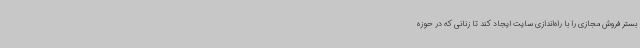
بستر فروش مجازی را با راه‌اندازی سایت ایجاد کند تا زنانی که در حوزه